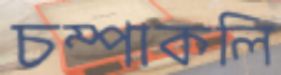
চম্পাকলি